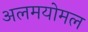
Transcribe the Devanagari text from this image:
अलमयोमल